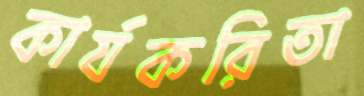
কার্যকরিতা